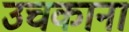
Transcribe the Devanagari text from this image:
उचकाना